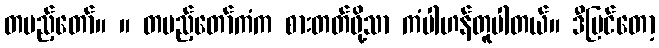
တပည့်တော်။ ။ တပည့်တော်ကံက စားတတ်ဖို့သာ ကံပါဟန်တူပါတယ်။ ဒီပြင်တော့